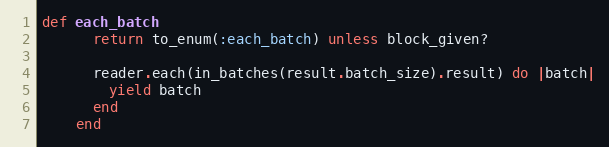
Language: Ruby
def each_batch
      return to_enum(:each_batch) unless block_given?

      reader.each(in_batches(result.batch_size).result) do |batch|
        yield batch
      end
    end